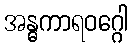
အန္ဓကာရဝဂ္ဂေါ